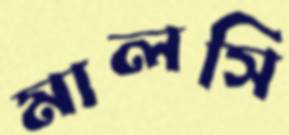
মালসি